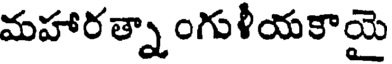
మహారత్నాంగుళీయకాయై